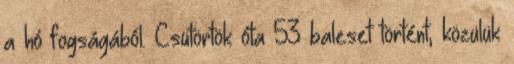
a hó fogságából. Csütörtök óta 53 baleset történt, közülük